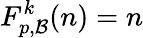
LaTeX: F_{p,\mathcal{B}}^{k}(n)=n